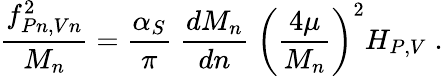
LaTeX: \frac{f_{Pn,Vn}^{2}}{M_{n}}=\frac{\alpha_{S}}{\pi}\; \frac{dM_{n}}{dn}\; \biggl(\frac{4\mu}{M_{n}}\biggr)^{2}H_{P,V}\; .